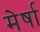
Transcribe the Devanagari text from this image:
मेर्षा